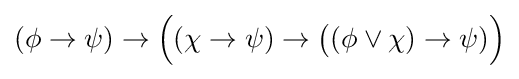
(\phi \to \psi )\to {\Big (}(\chi \to \psi )\to {\big (}(\phi \lor \chi )\to \psi ){\Big )}